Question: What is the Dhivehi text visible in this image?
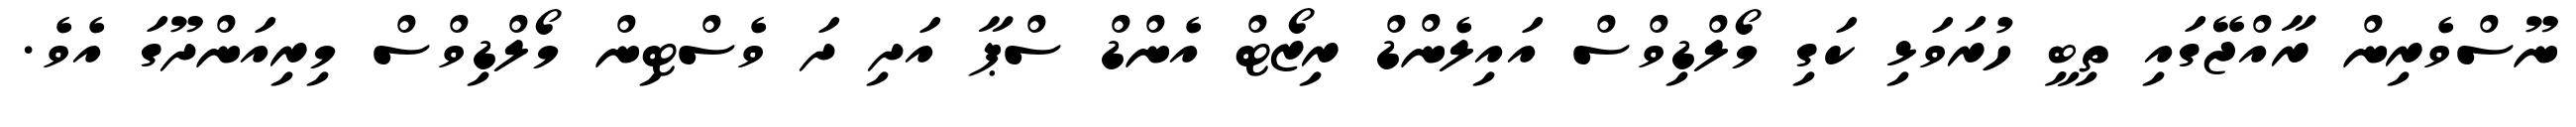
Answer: ނޫސްވެރިން ރާއްޖޭގައި ތިބީ ހުރަވަޅި ކަގި މޯލްޑިވްސް އައިލެންޑް ރިޒޯޓް އެންޑް ސްޕާ އަދި ދަ ވެސްޓިން މޯލްޑިވްސް މިރިއަންދޫގަ އެވެ.